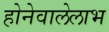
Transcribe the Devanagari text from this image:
होनेवालेलाभ